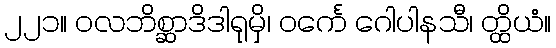
၂၂၁။ ဝလဘိစ္ဆာဒိဒါရုမှိ၊ ဝင်္ကေ ဂေါပါနသီ၊ တ္ထိယံ။